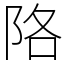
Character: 䧄